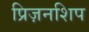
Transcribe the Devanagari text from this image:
प्रिज़नशिप